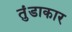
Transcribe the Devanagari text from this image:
तुंडाकार